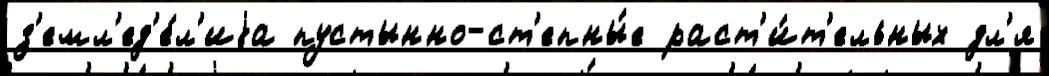
з'емл'ед'е́л'иjа пустынно-ст'епны́е раст'и́т'ельных дл'я